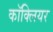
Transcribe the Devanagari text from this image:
काॅक्लियर